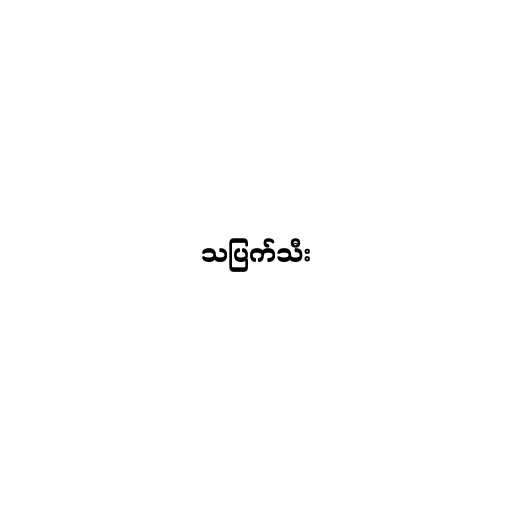
သပြက်သီး